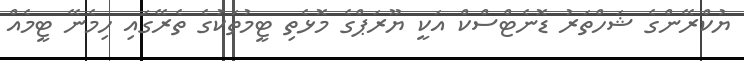
ޔުކްރޭންގެ ޝަހްތަރު ޑޮނެޓްސްކް އަކީ ޔޫރަޕްގެ މޮޅެތި ޓީމުތަކުގެ ތެރޭގައި ހިމެނޭ ޓީމެއް